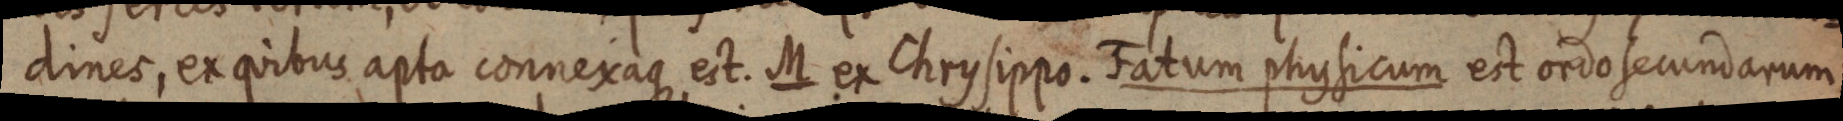
dines, ex quibus apta connexaque est. M ex Chrysippo. Fatum physicum est ordo secundarum